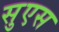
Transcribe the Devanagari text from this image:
सुएस